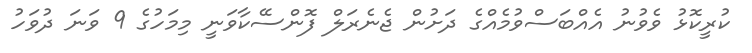
ކުރީކޮޅު ވެވުނު އެއްބަސްވުމެއްގެ ދަށުން ޖެނެރަލް ފޮންސޭކާވަނީ މިމަހުގެ 9 ވަނަ ދުވަހު